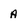
Character: a